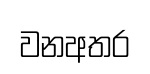
වනඅතර